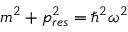
m ^ { 2 } + p _ { r e s } ^ { 2 } = \hbar ^ { 2 } \omega ^ { 2 }